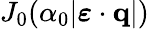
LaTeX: J_{0}(\alpha_{0}|\boldsymbol{\varepsilon}\cdot{\mathbf{q}}|)